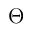
\Theta